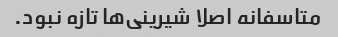
متاسفانه اصلا شیرینی‌ها تازه نبود.